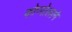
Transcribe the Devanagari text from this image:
कोप्पोलाने